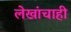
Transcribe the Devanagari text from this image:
लेखांचाही